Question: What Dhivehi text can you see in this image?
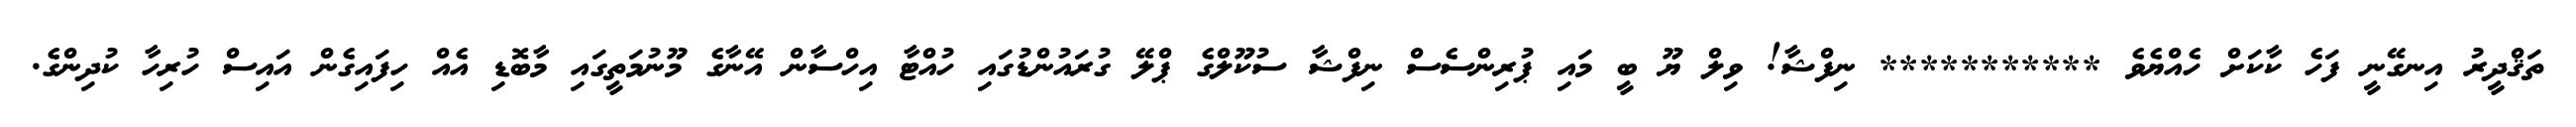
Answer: ތަޤްދީރު އިނގޭނީ ފަހެ ކާކަށް ހެއްޔެވެ *********** ނިފްޝާ! ވިލް ޔޫ ބީ މައި ޕުރިންސެސް ނިފްޝާ ސުކޫލްގެ ޕްލޭ ގުރައުންޑުގައި ހުއްޓާ އިހްސާން އޭނާގެ މޫނުމަތީގައި މާބޮޑި އެއް ހިފައިގެން އައިސް ހުރިހާ ކުދިންގެ.